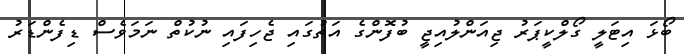
ބޯޅަ އިޓަލީ ގޯލްކީޕަރު ޖިއަންލުއިޖީ ބުފޮންގެ އަތުގައި ޖެހިފައި ނުކުތް ނަމަވެސް ޑިފެންޑަރު